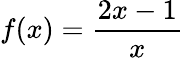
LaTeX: f(x)={\frac{2x-1}{x}}